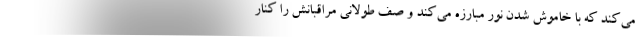
می‌کند که با خاموش شدن نور مبارزه می‌کند و صف طولانی مراقبانش را کنار